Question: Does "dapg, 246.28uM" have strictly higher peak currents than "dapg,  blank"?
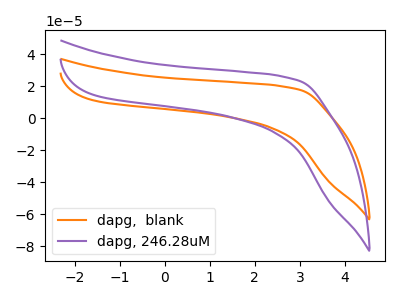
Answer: <think>The orange curve "dapg,  blank" has no peaks. The purple curve "dapg, 246.28uM" has no peaks.</think>
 <answer>Niether CV has any peaks.</answer>
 <eval>blanks</eval>